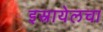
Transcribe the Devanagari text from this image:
इस्रायेलचा